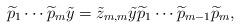
LaTeX: \begin{align*} \widetilde{p}_1\cdots \widetilde{p}_m\tilde{y}=\tilde{z}_{m,m}\tilde{y}\widetilde{p}_1\cdots \widetilde{p}_{m-1}\widetilde{p}_m,\end{align*}